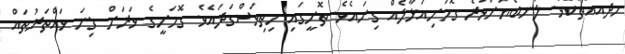
ހެދޭއެއްޗެކެވެ. ލުނބޯޔަށްވުރެ ގޮމަށިއަޅާލެއް ގިނައެވެ. ތޮށީގައި ހިތިވަސްގަދައެވެ. ގޮމަށީގެ ވަރަށް ގިނަ ވައްތަރުތައް